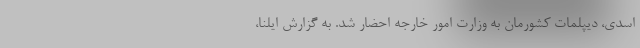
اسدی، دیپلمات کشورمان به وزارت امور خارجه احضار شد. به گزارش ایلنا،